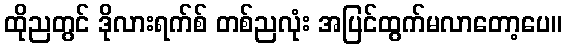
ထိုညတွင် ဒိုလားရက်စ် တစ်ညလုံး အပြင်ထွက်မလာတော့ပေ။